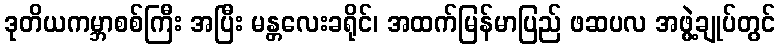
ဒုတိယကမ္ဘာစစ်ကြီး အပြီး မန္တလေးခရိုင်၊ အထက်မြန်မာပြည် ဖဆပလ အဖွဲ့ချုပ်တွင်